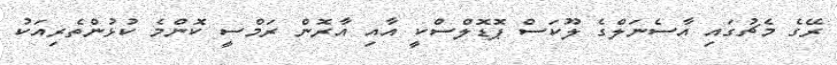
ރޭގެ މެޗުގައި އާސެނަލްގެ ލޫކަސް ޕޮޑޮލްސްކީ އާއި އާރޮން ރަމްސީ ކޮންމެ ކުޅުންތެރިއަކު